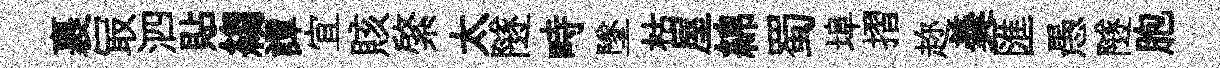
裹冣泗貼縐譚宜賅綮太隧畤墜枯屋綿蜀埠摺趂羮匯愚隧胞